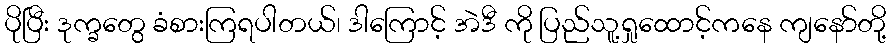
ပိုပြီး ဒုက္ခတွေ ခံစားကြရပါတယ်၊ ဒါကြောင့် အဲဒီ ကို ပြည်သူ့ရှုထောင့်ကနေ ကျနော်တို့